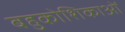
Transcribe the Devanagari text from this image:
बहुकोशिकाओं